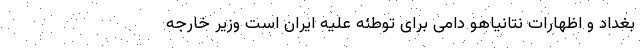
بغداد و اظهارات نتانیاهو دامی برای توطئه علیه ایران است وزیر خارجه